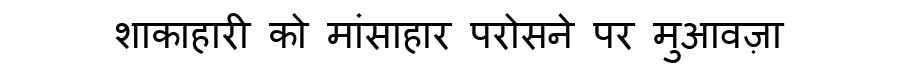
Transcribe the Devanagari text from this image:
शाकाहारी को मांसाहार परोसने पर मुआवज़ा